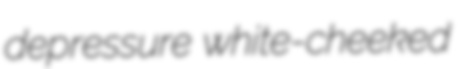
depressure white-cheeked